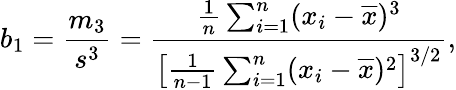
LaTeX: b_{1}={\frac{m_{3}}{s^{3}}}={\frac{{\frac{1}{n}}\sum_{i=1}^{n}(x_{i}-{\overline{{x}}})^{3}}{\left[{\frac{1}{n-1}}\sum_{i=1}^{n}(x_{i}-{\overline{{x}}})^{2}\right]^{3/2}}},